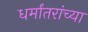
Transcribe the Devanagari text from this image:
धर्मांतरांच्या